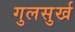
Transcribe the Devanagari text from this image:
गुलसुर्ख